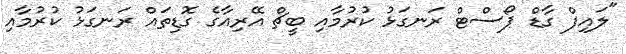
"ލައިފް ގާޑް ޕޯސްޓް ރަނގަޅު ކުރުމާއި ބީޗް އޭރިއާގެ ގޮޑިތައް ރަނގަޅު ކުރުމާއި